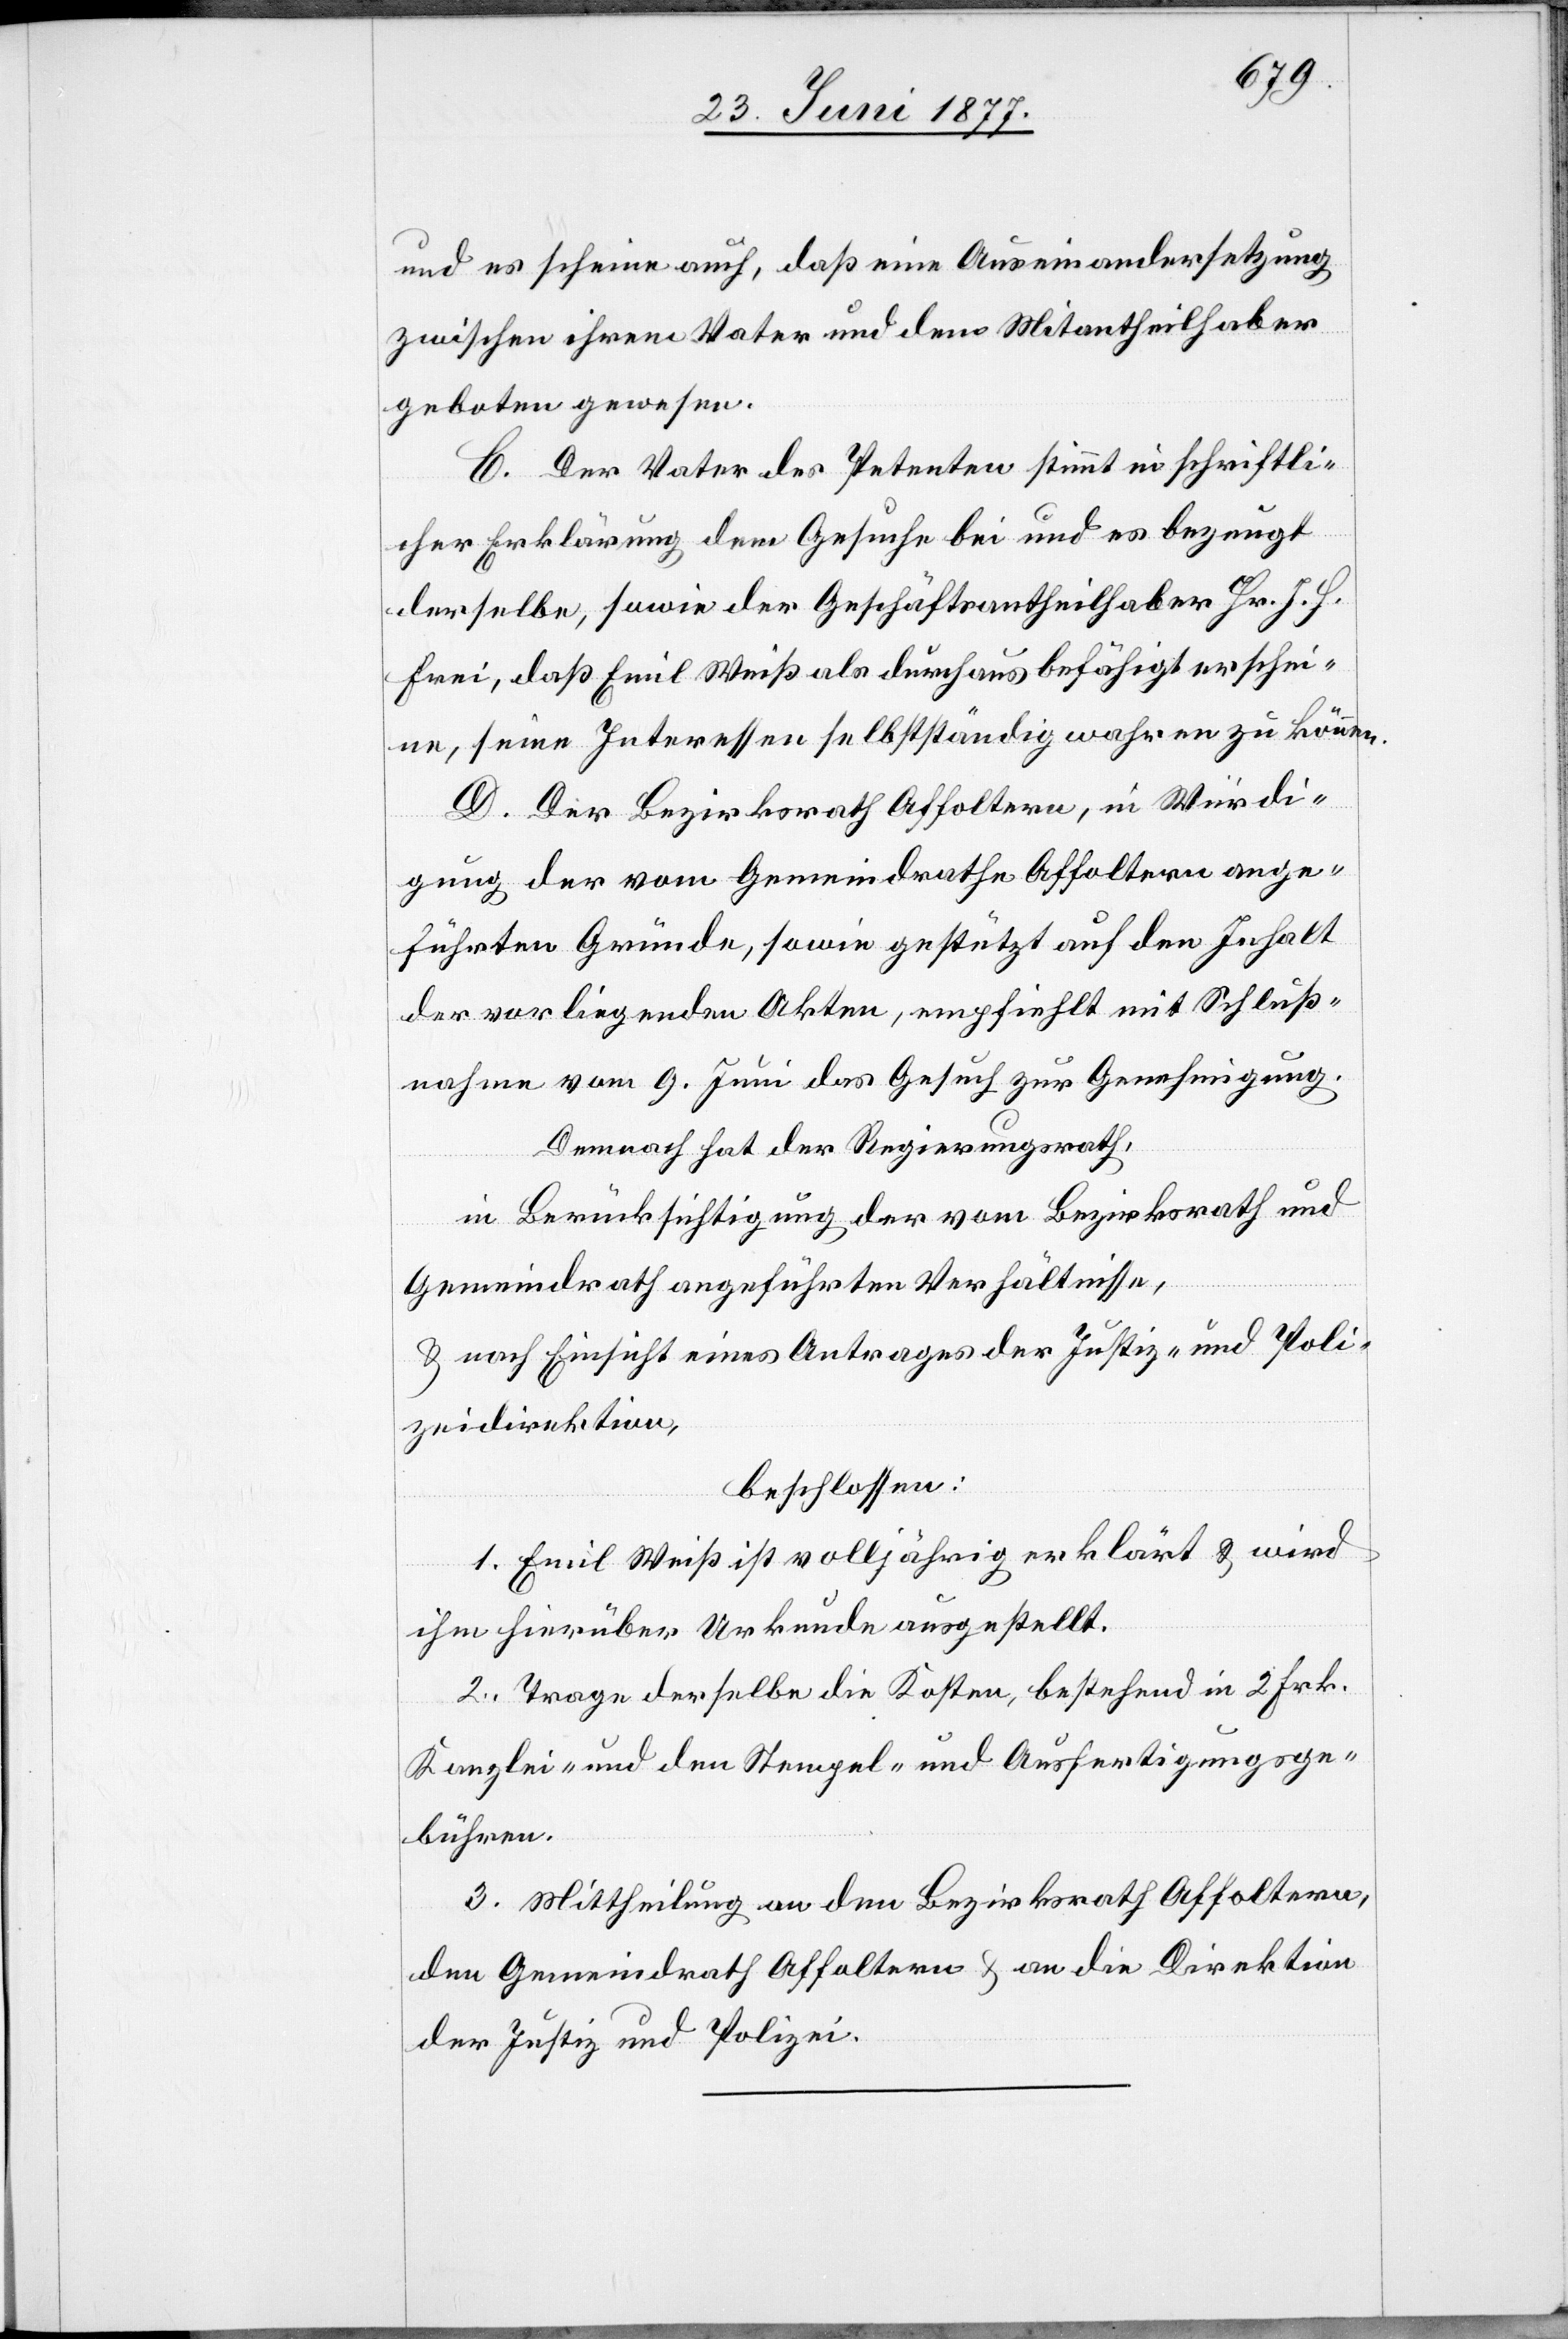
und es scheine auch, daß eine Auseinandersetzung
zwischen ihrem Vater und dem Mitantheilhaber
geboten gewesen.
C. Der Vater des Petenten stimmt in schriftli¬
cher Erklärung dem Gesuche bei und es bezeugt
derselbe, sowie der Geschäftsantheilhaber Hr. J. H.
Frei, daß Emil Weiß als durchaus befähigt erschei¬
ne, seine Interessen selbstständig wahren zu können.
D. Der Bezirksrath Affoltern, in Würdi¬
gung der vom Gemeindrathe Affoltern ange¬
führten Gründe, sowie gestützt auf den Inhalt
der vorliegenden Akten, empfiehlt mit Schluß¬
nahme vom 9. Juni das Gesuch zur Genehmigung.
Demnach hat der Regierungsrath,
in Berücksichtigung der vom Bezirksrath und
Gemeindrath angeführten Verhältnisse,
& nach Einsicht eines Antrages der Justiz- und Poli¬
zeidirektion,
beschlossen:
1. Emil Weiß ist volljährig erklärt & wird
ihm hierüber Urkunde ausgestellt.
2. Trage derselbe die Kosten, bestehend in 2 Frk.
Kanzlei- und den Stempel- und Ausfertigungsge¬
bühren.
3. Mittheilung an den Bezirksrath Affoltern,
den Gemeindrath Affoltern & an die Direktion
der Justiz und Polizei.